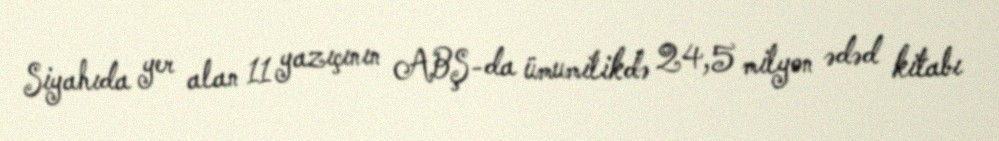
Siyahıda yer alan 11 yazıçının ABŞ-da ümumilikdə 24,5 milyon ədəd kitabı